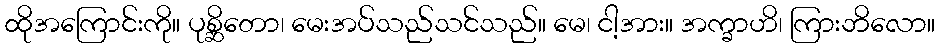
ထိုအကြောင်းကို။ ပုစ္ဆိတော၊ မေးအပ်သည်သင်သည်။ မေ၊ ငါ့အား။ အက္ခာဟိ၊ ကြားဘိလော။